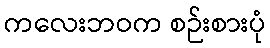
ကလေးဘဝက စဉ်းစားပုံ